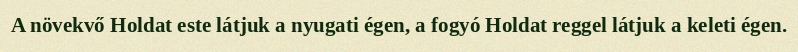
A növekvő Holdat este látjuk a nyugati égen, a fogyó Holdat reggel látjuk a keleti égen.